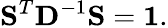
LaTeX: \mathbf{S}^{T}\mathbf{D}^{-1}\mathbf{S}=\mathbf{1}.